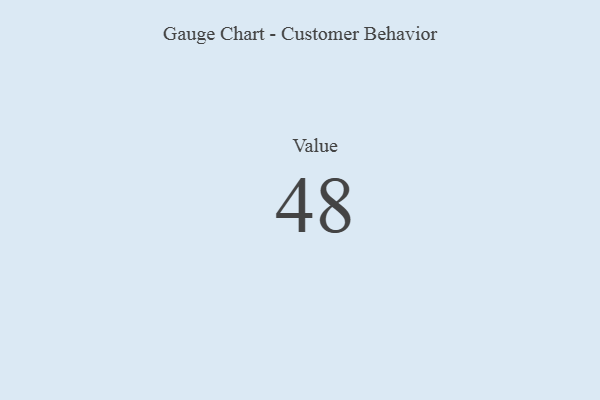
{"axis": {"x": "Metric", "y": "Value"}, "legend": [""], "data": [{"x": "Value", "y": 48, "type": ""}]}